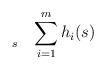
LaTeX: \begin{align*}\begin{aligned}& \underset{s}{}& & \sum_{i=1}^{m} h_{i}(s) \end{aligned}\end{align*}